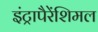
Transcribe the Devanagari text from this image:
इंट्रापैरेंशिमल